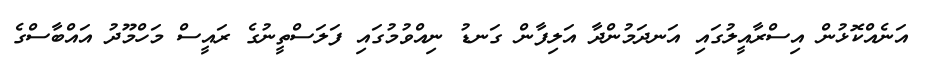
އަނެއްކޮޅުން އިސްރާއީލުގައި އަނދަމުންދާ އަލިފާން ގަނޑު ނިއްވުމުގައި ފަލަސްތީނުގެ ރައީސް މަހްމޫދު އައްބާސްގެ